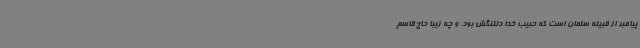
پیامبر از قبیله سلمان است که حبیب خدا دلتنگش بود. و چه زیبا حاج قاسم